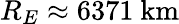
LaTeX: R_{E}\approx 6371~\mathrm{km}